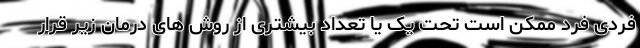
فردی فرد ممکن است تحت یک یا تعداد بیشتری از روش های درمان زیر قرار